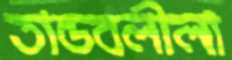
তান্ডবলীলা